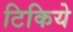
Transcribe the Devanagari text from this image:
टिकिये